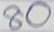
80